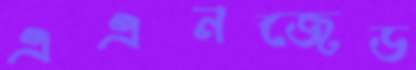
এএনজেড